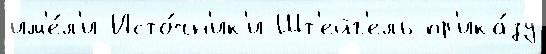
им'е́л'и Исто́чн'ик'и Шт'ейг'ель пр'ика́зу